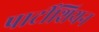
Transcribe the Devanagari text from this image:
पार्टीशियन